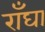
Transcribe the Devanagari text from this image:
राँघा